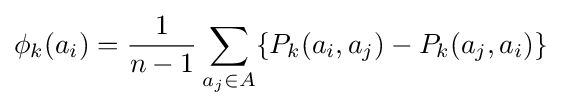
\phi _{k}(a_{i})={\frac {1}{n-1}}\displaystyle \sum _{a_{j}\in A}\{P_{k}(a_{i},a_{j})-P_{k}(a_{j},a_{i})\}